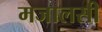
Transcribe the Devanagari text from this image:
मजालसी